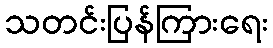
သတင်းပြန်ကြားရေး